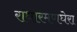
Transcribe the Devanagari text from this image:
राधारमणघेरा